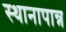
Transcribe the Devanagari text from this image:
स्थानापान्न